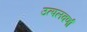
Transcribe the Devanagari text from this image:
उत्पलवर्णा